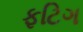
ફટિગ